Report of the Indian Hemp Drugs Commission, 1894-1895 - Volume IV
Year: 1894
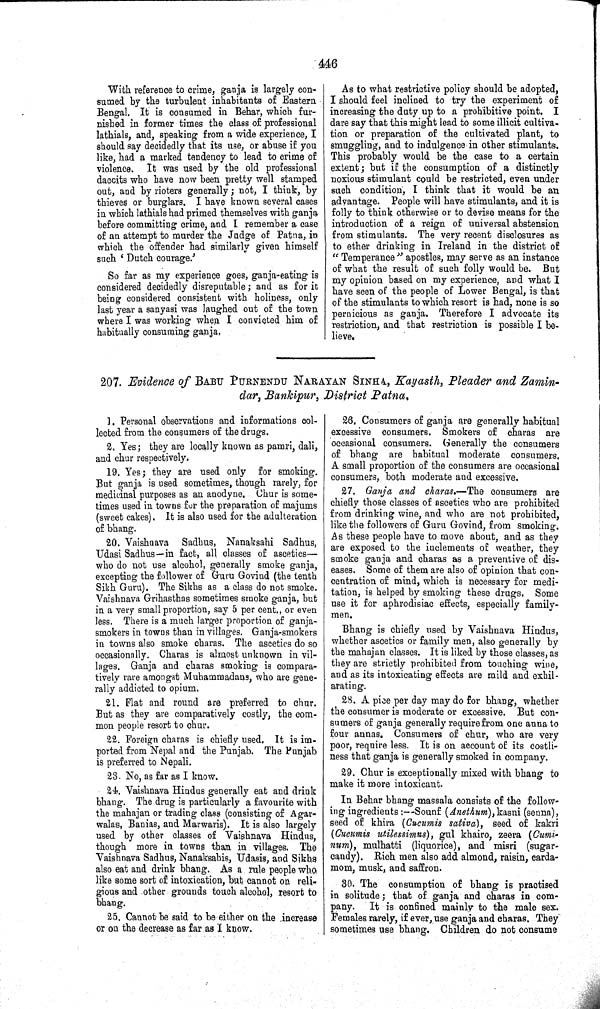
446
With reference to crime, ganja is largely con-
sumed by the turbulent inhabitants of Eastern
Bengal. It is consumed in Behar, which fur-
nished in former times the class of professional
lathials, and, speaking from a wide experience, I
should say decidedly that its use, or abuse if you
like, had a marked tendency to lead to crime of
violence. It was used by the old professional
dacoits who have now been pretty well stamped
out, and by rioters generally; not, I think, by
thieves or burglars. I have known several cases
in which lathials had primed themselves with ganja
before committing crime, and I remember a case
of an attempt to murder the Judge of Patna, in
which the offender had similarly given himself
such 'Dutch courage.'
So far as my experience goes, ganja-eating is
considered decidedly disreputable; and as for it
being considered consistent with holiness, only
last year a sanyasi was laughed out of the town
where I was working when I convicted him of
habitually consuming ganja.
As to what restrictive policy should be adopted,
I should feel inclined to try the experiment of
increasing the duty up to a prohibitive point. I
dare say that this might lead to some illicit cultiva-
tion or preparation of the cultivated plant, to
smuggling, and to indulgence in other stimulants.
This probably would be the case to a certain
extent; but if the consumption of a distinctly
noxious stimulant could be restricted, even under
such condition, I think that it would be an
advantage. People will have stimulants, and it is
folly to think otherwise or to devise means for the
introduction of a reign of universal abstension
from stimulants. The very recent disclosures as
to ether drinking in Ireland in the district of
"Temperance" apostles, may serve as an instance
of what the result of such folly would be. But
my opinion based on my experience, and what I
have seen of the people of Lower Bengal, is that
of the stimulants to which resort is had, none is so
pernicious as ganja. Therefore I advocate its
restriction, and that restriction is possible I be-
lieve.
207. Evidence of BABU PURNENDU NARAYAN SINHA, Kayasth, Pleader and Zamin-
dar, Bankipur, District Patna.
1. Personal observations and informations col-
lected from the consumers of the drugs.
2. Yes; they are locally known as pamri, dali,
and chur respectively.
19. Yes; they are used only for smoking.
But ganja is used sometimes, though rarely, for
medicinal purposes as an anodyne. Chur is some-
times used in towns for the preparation of majums
(sweet cakes). It is also used for the adulteration
of bhang.
20. Vaishnava Sadhus, Nanaksahi Sadhus,
Udasi Sadhus—in fact, all classes of ascetics—
who do not use alcohol, generally smoke ganja,
excepting the follower of Guru Govind (the tenth
Sikh Guru). The Sikhs as a class do not smoke.
Vaishnava Grihasthas sometimes smoke ganja, but
in a very small proportion, say 5 per cent., or even
less. There is a much larger proportion of ganja-
smokers in towns than in villages. Ganja-smokers
in towns also smoke charas. The ascetics do so
occasionally. Charas is almost unknown in vil-
lages. Ganja and charas smoking is compara-
tively rare amongst Muhammadans, who are gene-
rally addicted to opium.
21. Flat and round are preferred to chur.
But as they are comparatively costly, the com-
mon people resort to chur.
22. Foreign charas is chiefly used. It is im-
ported from Nepal and the Punjab. The Punjab
is preferred to Nepali.
23. No, as far as I know.
24. Vaishnava Hindus generally eat and drink
bhang. The drug is particularly a favourite with
the mahajan or trading class (consisting of Agar-
walas, Banias, and Marwaris). It is also largely
used by other classes of Vaishnava Hindus,
though more in towns than in villages. The
Vaishnava Sadhus, Nanaksahis, Udasis, and Sikhs
also eat and drink bhang. As a rule people who
like some sort of intoxication, but cannot on reli-
gious and other grounds touch alcohol, resort to
bhang.
25. Cannot be said to be either on the increase
or on the decrease as far as I know.
26. Consumers of ganja are generally habitual
excessive consumers. Smokers of charas are
occasional consumers. Generally the consumers
of bhang are habitual moderate consumers.
A small proportion of the consumers are occasional
consumers, both moderate and excessive.
27. Ganja and charas.—The consumers are
chiefly those classes of ascetics who are prohibited
from drinking wine, and who are not prohibited,
like the followers of Guru Govind, from smoking.
As these people have to move about, and as they
are exposed to the inclements of weather, they
smoke ganja and charas as a preventive of dis-
eases. Some of them are also of opinion that con-
centration of mind, which is necessary for medi-
tation, is helped by smoking these drugs. Some
use it for aphrodisiac effects, especially family-
men.
Bhang is chiefly used by Vaishnava Hindus,
whether ascetics or family men, also generally by
the mahajan classes. It is liked by those classes, as
they are strictly prohibited from touching wine,
and as its intoxicating effects are mild and exhil-
arating.
28. A pice per day may do for bhang, whether
the consumer is moderate or excessive. But con-
sumers of ganja generally require from one anna to
four annas. Consumers of chur, who are very
poor, require less. It is on account of its costli-
ness that ganja is generally smoked in company.
29. Chur is exceptionally mixed with bhang to
make it more intoxicant.
In Behar bhang massala consists of the follow-
ing ingredients:—Sounf (Anethum), kasni (senna),
seed of khira (Cucumis sativa), seed of kakri
(Cucumis utilessimus), gul khairo, zeera (Cumi-
num), mulhatti (liquorice), and misri (sugar-
candy). Rich men also add almond, raisin, carda-
mom, musk, and saffron.
30. The consumption of bhang is practised
in solitude; that of ganja and charas in com-
pany.
It is confined mainly to the male sex.
Females rarely, if ever, use ganja and charas. They
sometimes use bhang. Children do not consume